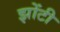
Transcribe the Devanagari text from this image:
झोंटी